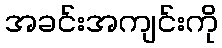
အခင်းအကျင်းကို